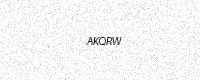
Text: AKQRW